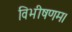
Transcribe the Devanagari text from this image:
विभीषणम।